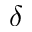
\delta